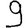
Digit: 9